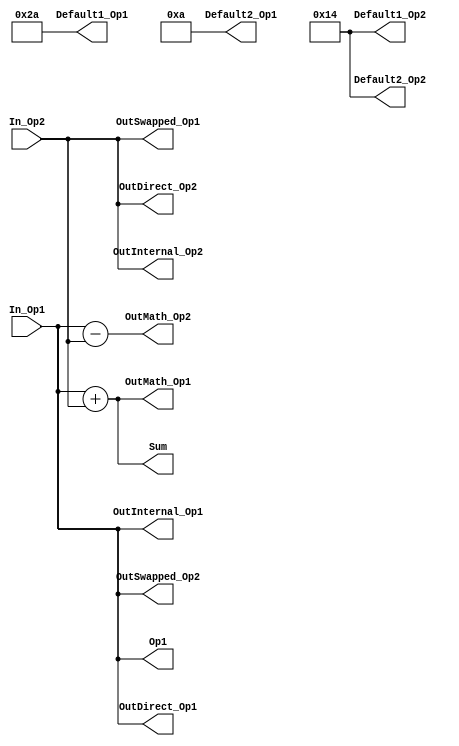
`timescale 1ns/1ps
`default_nettype none
// PLEASE READ THIS, IT MAY SAVE YOU SOME TIME AND MONEY, THANK YOU!
// * This file was generated by Quokka FPGA Toolkit.
// * Generated code is your property, do whatever you want with it
// * Place custom code between [BEGIN USER ***] and [END USER ***].
// * CAUTION: All code outside of [USER] scope is subject to regeneration.
// * Bad things happen sometimes in developer's life,
//   it is recommended to use source control management software (e.g. git, bzr etc) to keep your custom code safe'n'sound.
// * Internal structure of code is subject to change.
//   You can use some of signals in custom code, but most likely they will not exist in future (e.g. will get shorter or gone completely)
// * Please send your feedback, comments, improvement ideas etc. to evmuryshkin@gmail.com
// * Visit https://github.com/EvgenyMuryshkin/QuokkaEvaluation to access latest version of playground
//
// DISCLAIMER:
//   Code comes AS-IS, it is your responsibility to make sure it is working as expected
//   no responsibility will be taken for any loss or damage caused by use of Quokka toolkit.
//
// System configuration name is StructsCombinationalModule_TopLevel, clock frequency is 1Hz, Top-level
// FSM summary
// -- Packages
module StructsCombinationalModule_TopLevel
(
	// [BEGIN USER PORTS]
	// [END USER PORTS]
	input wire [7:0] In_Op1,
	input wire [7:0] In_Op2,
	output wire [7:0] Default1_Op1,
	output wire [7:0] Default1_Op2,
	output wire [7:0] Default2_Op1,
	output wire [7:0] Default2_Op2,
	output wire [7:0] Op1,
	output wire [7:0] OutDirect_Op1,
	output wire [7:0] OutDirect_Op2,
	output wire [7:0] OutInternal_Op1,
	output wire [7:0] OutInternal_Op2,
	output wire [7:0] OutMath_Op1,
	output wire [7:0] OutMath_Op2,
	output wire [7:0] OutSwapped_Op1,
	output wire [7:0] OutSwapped_Op2,
	output wire [7:0] Sum
);
	// [BEGIN USER SIGNALS]
	// [END USER SIGNALS]
	localparam HiSignal = 1'b1;
	localparam LoSignal = 1'b0;
	wire Zero = 1'b0;
	wire One = 1'b1;
	wire true = 1'b1;
	wire false = 1'b0;
	wire [5: 0] StructsModule_L38F52T54_Expr = 6'b101010;
	wire [4: 0] StructsModule_L14F27T29_Expr = 5'b10100;
	wire [3: 0] StructsModule_L11F27T29_Expr = 4'b1010;
	wire [7: 0] Inputs_In_Op1;
	wire [7: 0] Inputs_In_Op2;
	wire [7: 0] internalDirect_Op1;
	wire [7: 0] internalDirect_Op2;
	wire [7: 0] internalSum;
	wire [7: 0] StructsModule_L25F29T66_Cast;
	wire [7: 0] StructsModule_L34F19T56_Cast;
	wire [7: 0] StructsModule_L35F19T56_Cast;
	wire [9: 0] StructsModule_L25F36T65_Expr;
	wire signed [9: 0] StructsModule_L25F36T65_Expr_1;
	wire signed [9: 0] StructsModule_L25F36T65_Expr_2;
	wire [9: 0] StructsModule_L34F26T55_Expr;
	wire signed [9: 0] StructsModule_L34F26T55_Expr_1;
	wire signed [9: 0] StructsModule_L34F26T55_Expr_2;
	wire signed [9: 0] StructsModule_L35F26T55_Expr;
	wire signed [9: 0] StructsModule_L35F26T55_Expr_1;
	wire signed [9: 0] StructsModule_L35F26T55_Expr_2;
	assign StructsModule_L25F36T65_Expr = StructsModule_L25F36T65_Expr_1 + StructsModule_L25F36T65_Expr_2;
	assign StructsModule_L34F26T55_Expr = StructsModule_L34F26T55_Expr_1 + StructsModule_L34F26T55_Expr_2;
	assign StructsModule_L35F26T55_Expr = StructsModule_L35F26T55_Expr_1 - StructsModule_L35F26T55_Expr_2;
	assign StructsModule_L25F36T65_Expr_1 = {
		{2{1'b0}},
		Inputs_In_Op1
	}
	;
	assign StructsModule_L25F36T65_Expr_2 = {
		{2{1'b0}},
		Inputs_In_Op2
	}
	;
	assign StructsModule_L34F26T55_Expr_1 = {
		{2{1'b0}},
		Inputs_In_Op1
	}
	;
	assign StructsModule_L34F26T55_Expr_2 = {
		{2{1'b0}},
		Inputs_In_Op2
	}
	;
	assign StructsModule_L35F26T55_Expr_1 = {
		{2{1'b0}},
		Inputs_In_Op1
	}
	;
	assign StructsModule_L35F26T55_Expr_2 = {
		{2{1'b0}},
		Inputs_In_Op2
	}
	;
	assign Inputs_In_Op1 = In_Op1;
	assign Inputs_In_Op2 = In_Op2;
	assign internalDirect_Op1 = Inputs_In_Op1;
	assign internalDirect_Op2 = Inputs_In_Op2;
	assign StructsModule_L25F29T66_Cast = StructsModule_L25F36T65_Expr[7:0];
	assign internalSum = StructsModule_L25F29T66_Cast;
	assign Default1_Op1 = {
		{2{1'b0}},
		StructsModule_L38F52T54_Expr
	}
	;
	assign Default1_Op2 = {
		{3{1'b0}},
		StructsModule_L14F27T29_Expr
	}
	;
	assign Default2_Op1 = {
		{4{1'b0}},
		StructsModule_L11F27T29_Expr
	}
	;
	assign Default2_Op2 = {
		{3{1'b0}},
		StructsModule_L14F27T29_Expr
	}
	;
	assign Op1 = Inputs_In_Op1;
	assign OutDirect_Op1 = Inputs_In_Op1;
	assign OutDirect_Op2 = Inputs_In_Op2;
	assign OutInternal_Op1 = internalDirect_Op1;
	assign OutInternal_Op2 = internalDirect_Op2;
	assign StructsModule_L34F19T56_Cast = StructsModule_L34F26T55_Expr[7:0];
	assign StructsModule_L35F19T56_Cast = StructsModule_L35F26T55_Expr[7:0];
	assign OutMath_Op1 = StructsModule_L34F19T56_Cast;
	assign OutMath_Op2 = StructsModule_L35F19T56_Cast;
	assign OutSwapped_Op1 = Inputs_In_Op2;
	assign OutSwapped_Op2 = Inputs_In_Op1;
	assign Sum = internalSum;
	// [BEGIN USER ARCHITECTURE]
	// [END USER ARCHITECTURE]
endmodule